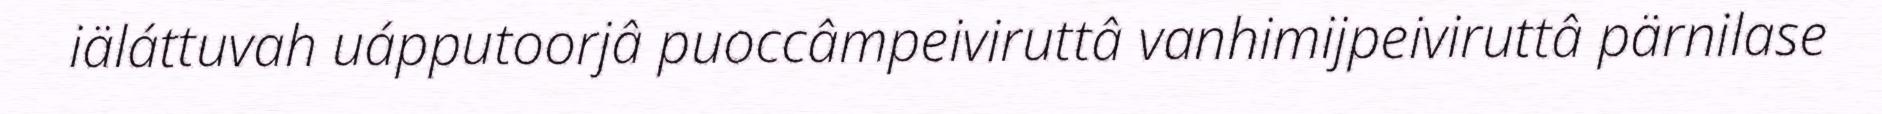
iäláttuvah uápputoorjâ puoccâmpeiviruttâ vanhimijpeiviruttâ pärnilase